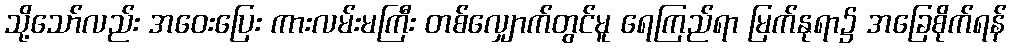
သို့သော်လည်း အဝေးပြေး ကားလမ်းမကြီး တစ်လျှောက်တွင်မူ ရေကြည်ရာ မြက်နုရာ၌ အခြေစိုက်ရန်